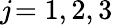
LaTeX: j\! =1,2,3